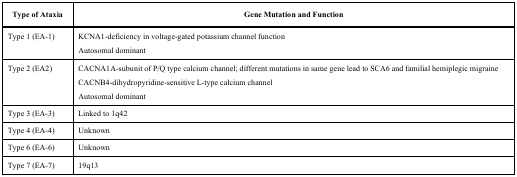
<table><thead><tr><td><b>Type of Ataxia</b></td><td><b>Gene Mutation and Function</b></td></tr></thead><tbody><tr><td>Type 1(EA-1)</td><td>KCNA1-deficiency in voltage-gated potassium channel function Autosomal dominant</td></tr><tr><td>Type 2 (EA2)</td><td>CACNA1A-subunit of P/Q type calcium channel; different mutations in same gene lead to SCA6 and familial hemiplegic migraineCACNB4-dihydropyridine-sensitive L-type calcium channelAutosomal dominant</td></tr><tr><td>Type 3(EA-3)</td><td>Linked to 1q42</td></tr><tr><td>Type 4 (EA-4)</td><td>Unknown</td></tr><tr><td>Type 6 (EA-6)</td><td>Unknown</td></tr><tr><td>Type 7 (EA-7)</td><td>19q13</td></tr></tbody></table>